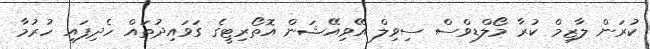
ކުރަން ލާޒިމް ކުރާ މޯލްޑިވްސް ސިވިލް އޭވިއޭޝަން އޮތޯރިޓީގެ ގަވައިދުތައް ހެދިފައި ހުރުމާ